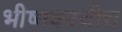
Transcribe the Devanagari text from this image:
भीष्मकाचीच